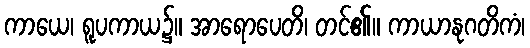
ကာယေ၊ ရူပကာယ၌။ အာရောပေတိ၊ တင်၏။ ကာယာနုဂတိကံ၊